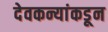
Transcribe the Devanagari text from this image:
देवकन्यांकडून